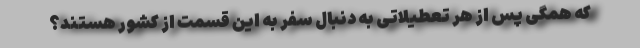
که همگی پس از هر تعطیلاتی به دنبال سفر به این قسمت از کشور هستند؟